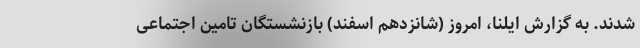
شدند. به گزارش ایلنا، امروز (شانزدهم اسفند) بازنشستگان تامین اجتماعی